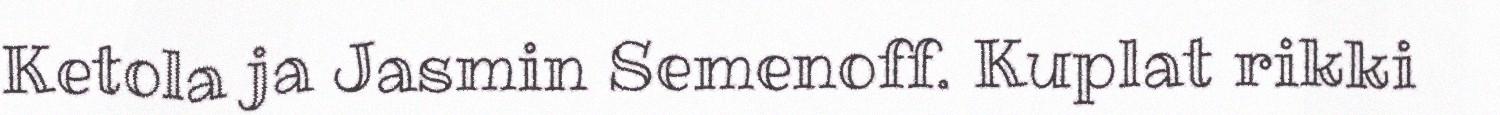
Ketola ja Jasmin Semenoff. Kuplat rikki